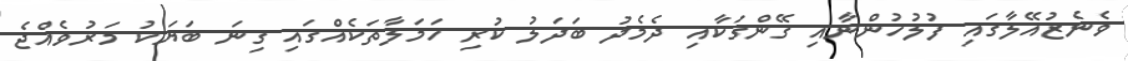
ވެނެޒުއޭލާގައި ފުލުހުންނާއި ގޭންގަކާއި ދެމެދު ބަދަލު ކުރި ހަމަލާތަކެއްގައި ގިނަ ބަޔަކު މަރުވެއްޖެ